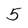
Character: 5